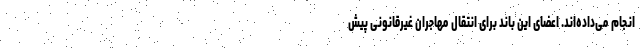
انجام می‌داده‌اند. اعضای این باند برای انتقال مهاجران غیرقانونی پیش